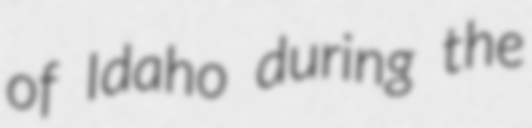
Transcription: of Idaho during the